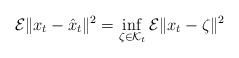
LaTeX: \begin{align*}\mathcal{E}\Vert{x}_{t}-\hat{x}_{t}\Vert^{2}=\inf_{\zeta\in\mathcal{K}_{t}}\mathcal{E}\Vert{x}_{t}-\zeta\Vert^{2} \end{align*}